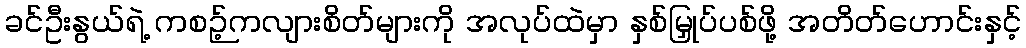
ခင်ဦးနွယ်ရဲ့ ကစဉ့်ကလျားစိတ်များကို အလုပ်ထဲမှာ နှစ်မြှုပ်ပစ်ဖို့ အတိတ်ဟောင်းနှင့်